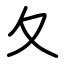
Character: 夂